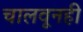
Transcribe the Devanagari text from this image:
चालवूनही